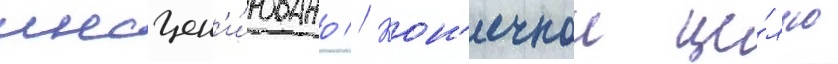
инсцен'и́ровано // Кон'ечнои це́лью